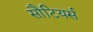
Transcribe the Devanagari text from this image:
सौटियर्स